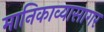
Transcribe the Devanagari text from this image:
मानिकाव्यासागर